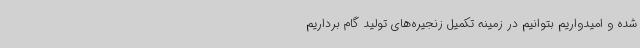
شده و امیدواریم بتوانیم در زمینه تکمیل زنجیره‌های تولید گام برداریم